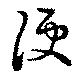
便